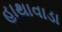
હાથાવાડા